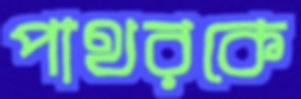
পাথরকে